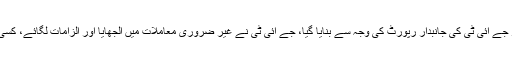
جس پر ان کا کہنا تھا کہ ریفرنس مخالفین اور جے آئی ٹی کی جانبدار رپورٹ کی وجہ سے بنایا گیا، جے آئی ٹی نے غیر ضروری معاملات میں الجھایا اور الزامات لگائے، کسی گواہ کے بیان نے مجھے ملزم ثابت نہیں کیا۔